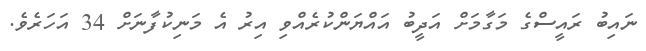
ނައިބު ރައީސްގެ މަގާމަށް އަދީބު އައްޔަންކުރެއްވި އިރު އެ މަނިކުފާނަށް 34 އަހަރެވެ.